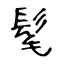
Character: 髦